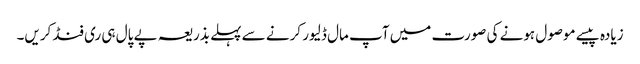
زیادہ پیسے موصول ہونے کی صورت میں آپ مال ڈلیور کرنے سے پہلے بذریعہ پے پال ہی ری فنڈ کریں۔